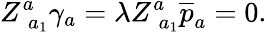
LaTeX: Z_{\; a_{1}}^{a}\gamma_{a}=\lambda Z_{\; a_{1}}^{a}\overline{{{p}}}_{a}=0.